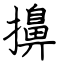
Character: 擤